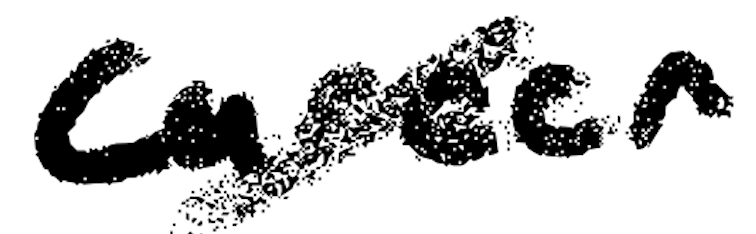
Text: career
Cross-out: diagonal
Writing tool: digital_black